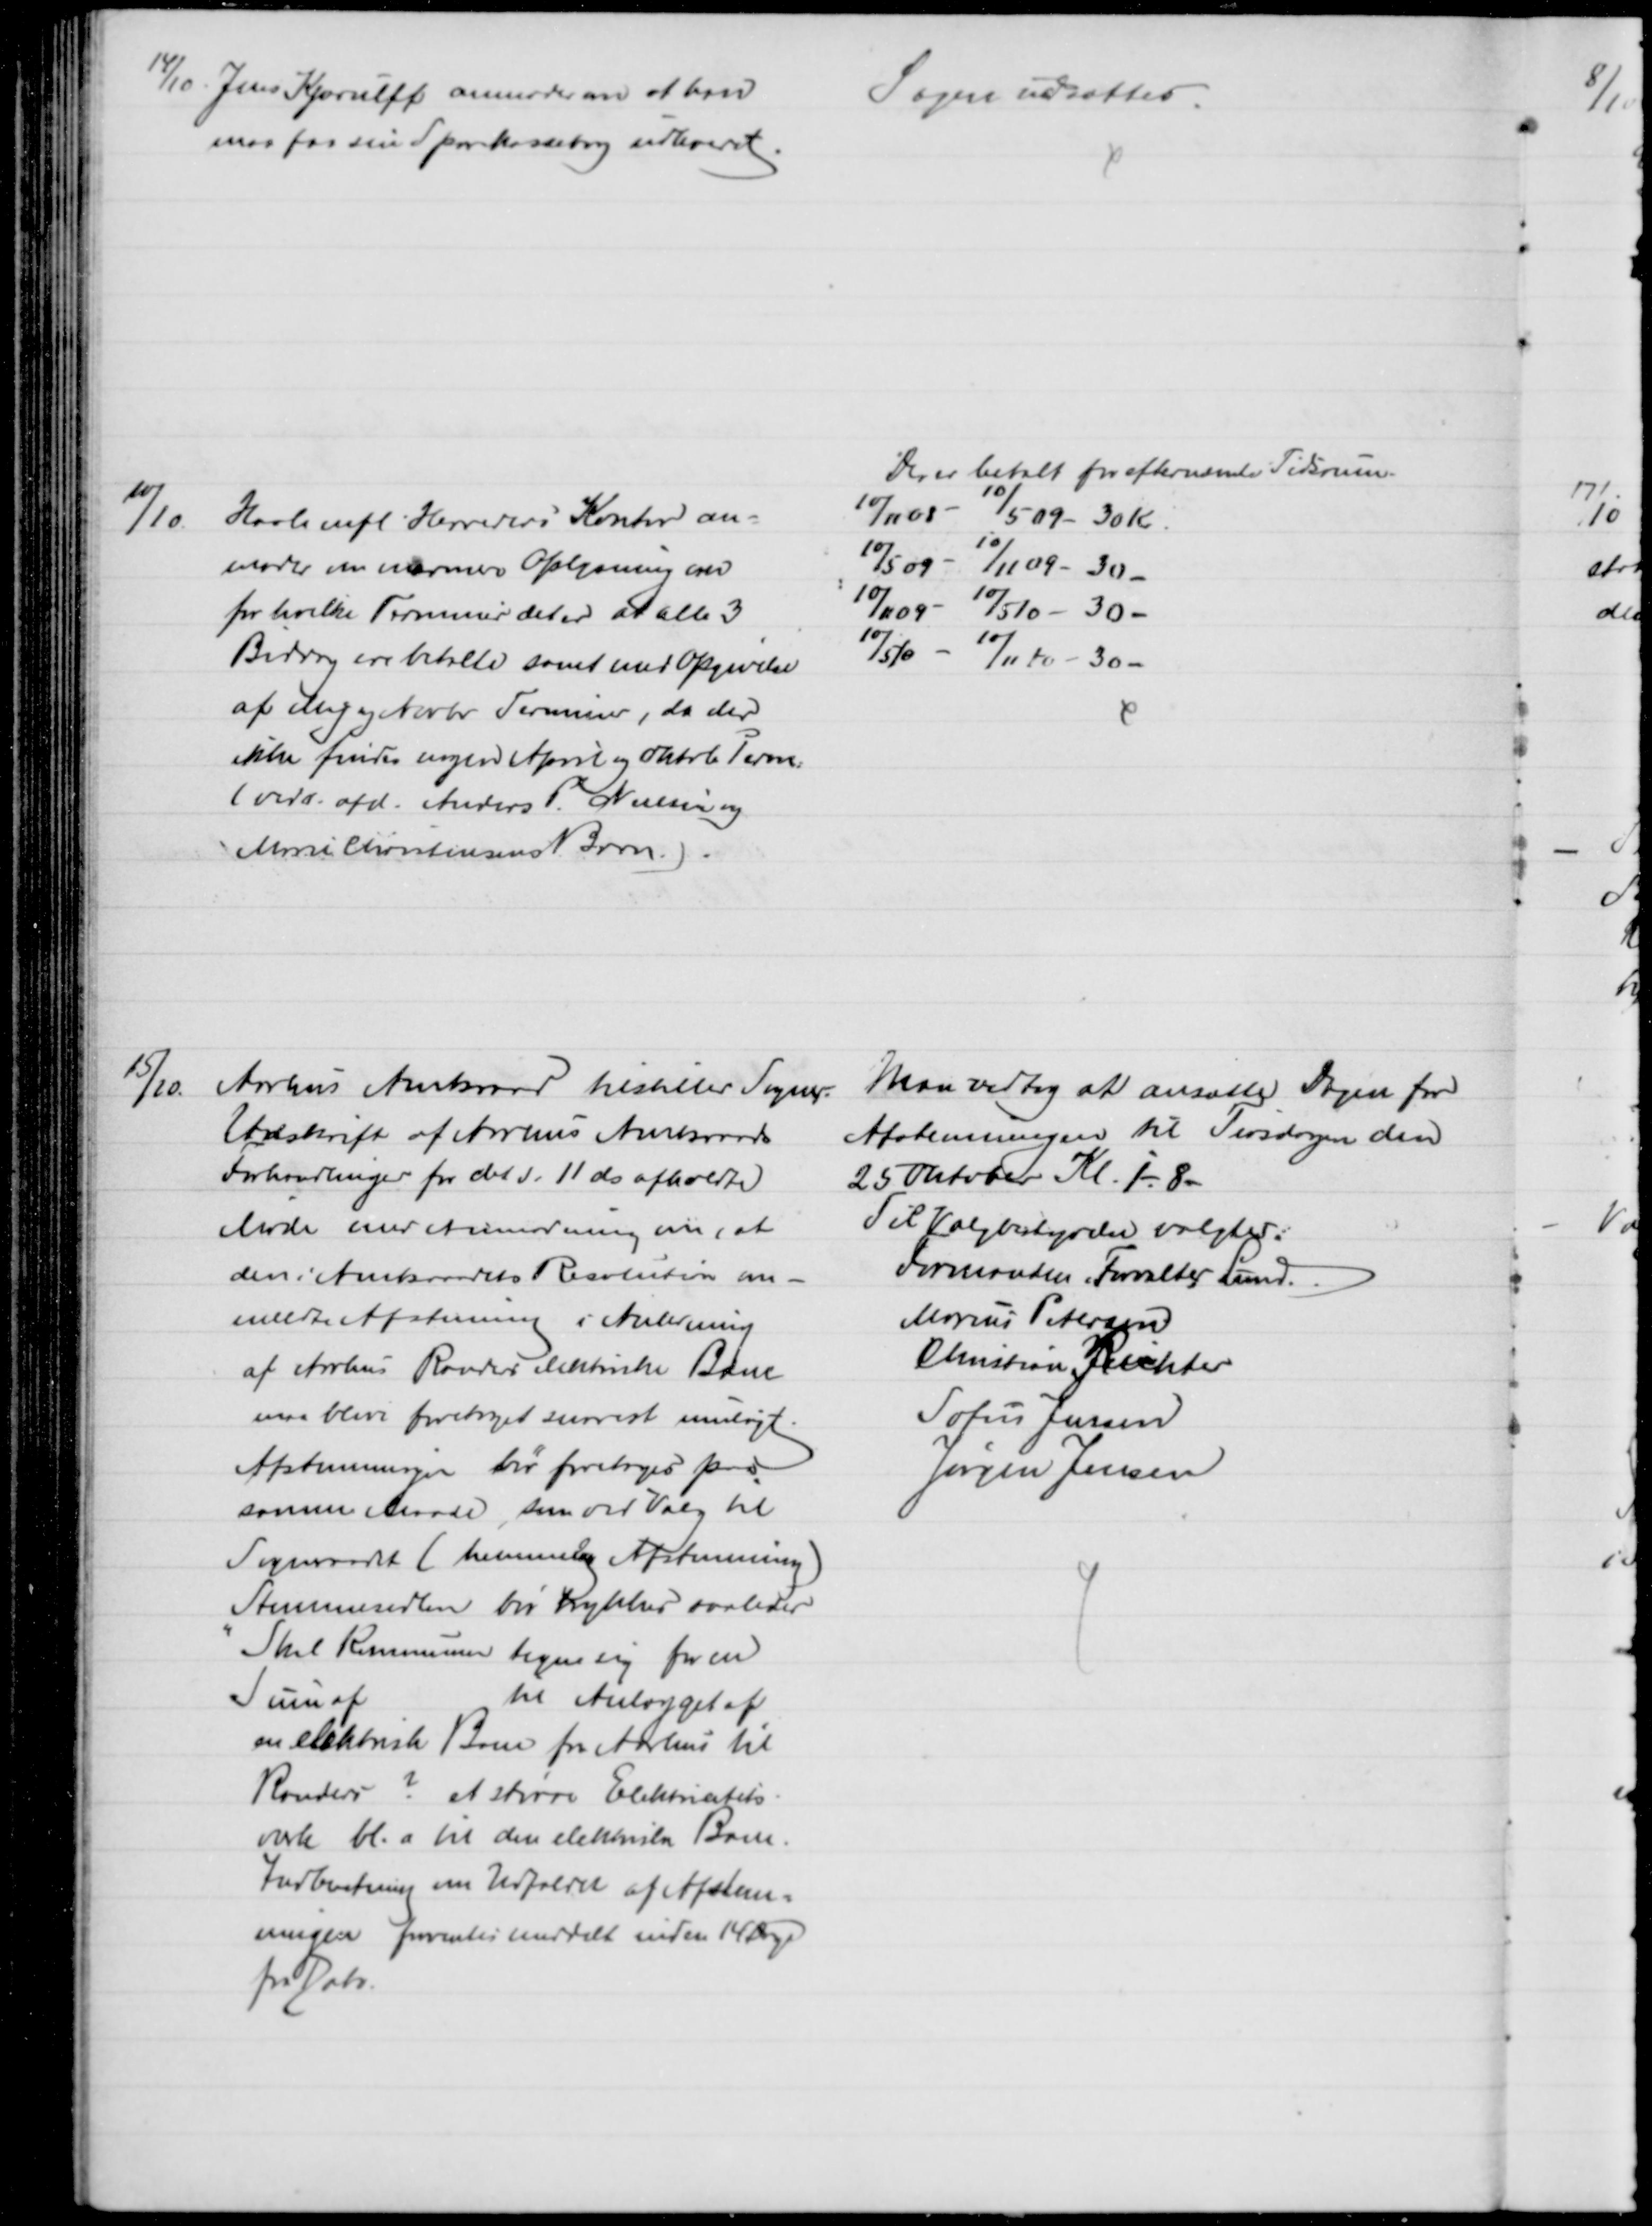
Transskription:
14/10. Jens Kjærulff anmoder om at han
maa faa sin Sparekassebog udleveret
Sagen udsattes.
10/10.
Hasle mfl. Herreders Kontor an-
moder om nærmere Oplysning om
for hvilke Terminer det er at alle 3
Bidrag ere betalte samt med Opgivelse
af Maj og Novbr Terminer, da der
ikke findes nogen April og Oktob Term.
(vedr. afd. Anders P. Nielsen og 
Marie Christensens Barn).
Der er betalt for efternævnte Tidsrum.
10/11 08 - 10/5 09 - 30 Kr.
10/5 09 - 10/11 09 - 30 
10/11 09 - 10/5 10 - 30 
10/5 10 - 10/11 10 - 30
15/10.
Aarhus Amtsraad tilstiller Sogner.
Udskrift af Aarhus Amtsraads
Forhandlinger fra det d. 11 ds afholdte
Møde med Anmodning om, at
den i Amtsraadets Resolution am-
meldte Afstemming i Anledning
af Aarhus Randers elektriske Bane
maa blive foretaget snarest muligt
Afstemmingen bør foretages paa
samme Maade, som ved Valg til 
Sogneraadet (hemmelig Afstemning)
Stemmesedlen bør trykkes saaledes
"Skal Kommunen tegne sig for en
Sum af
til Anlægget af
en elektrisk Bane fra Aarhus til
Randers? et større Elektricitets-
værk bl.a. til den elektriske Bane.
Indberetning om Udfaldet af Afstem=
ningen forventes meddelt inden 14 Dage
fra Dato.
Man vedtog at ansætte Dagen for
Afstemningen til Tirsdagen den
25 Oktober Kl. 1-8
Til Valgbestyrelse valgtes:
Formanden Forvalter Lund.
Marius Petersen
Christian Richter
Sofus Jensen
Jørgen Jensen